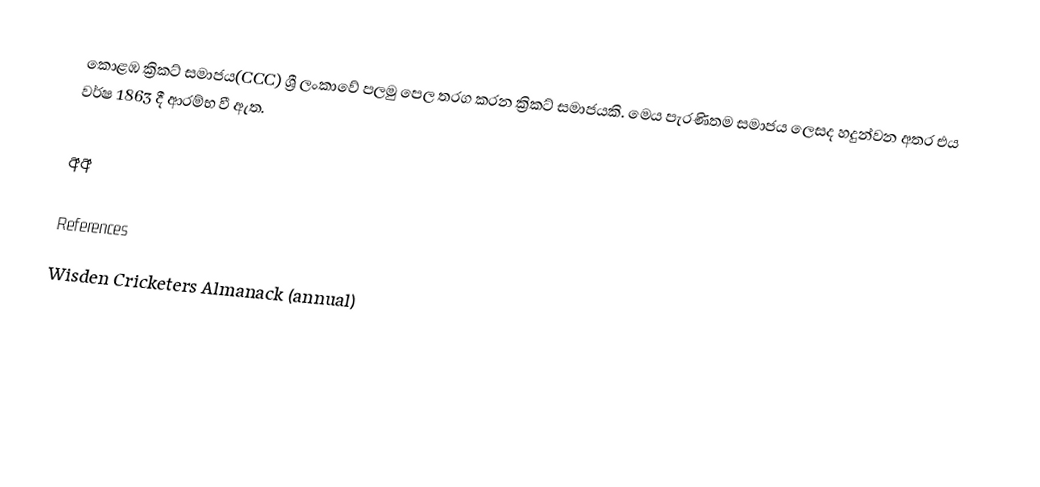
කොළඹ ක්‍රිකට් සමාජය(CCC) ශ්‍රී ලංකාවේ පලමු පෙල තරග කරන ක්‍රිකට් සමාජයකි. මෙය පැරණිතම සමාජය ලෙසද හදුන්වන අතර එය වර්ෂ 1863 දී ආරම්භ වී ඇත.

අඅ

References
 Wisden Cricketers Almanack (annual)